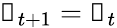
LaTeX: \boldsymbol\uprho_{t+1}=\boldsymbol\uprho_{t}